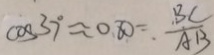
\cos 3 7 ^ { \circ } \approx 0 . 8 0 = \frac { B C } { A B }